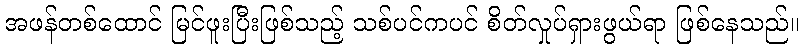
အဖန်တစ်ထောင် မြင်ဖူးပြီးဖြစ်သည့် သစ်ပင်ကပင် စိတ်လှုပ်ရှားဖွယ်ရာ ဖြစ်နေသည်။